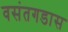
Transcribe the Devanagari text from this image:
वसंतगडास